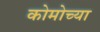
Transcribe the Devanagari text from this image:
कोमोच्या